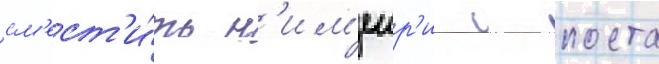
см'ест'и́ть н'им'еир'и с поста